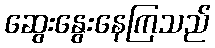
ဆွေးနွေးနေကြသည်